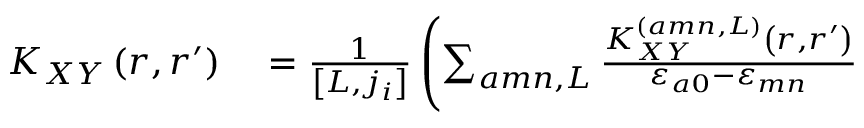
\begin{array} { r l } { K _ { X Y } \left( r , r ^ { \prime } \right) } & { { } = \frac { 1 } { \left[ L , j _ { i } \right] } \left( \sum _ { a m n , L } \frac { K _ { X Y } ^ { \left( a m n , L \right) } \left( r , r ^ { \prime } \right) } { \varepsilon _ { a 0 } - \varepsilon _ { m n } } \right. } \end{array}